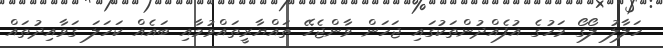
ހަލާލު ލޯގޯ މަހުގެ އުފެއްދުންތަކުގައި ޖަހަން ވާންޖެހޭ ތައްޔާރީތައްވުމާއި ބައެއް ކަހަލަ ގަވާއިދުތައް